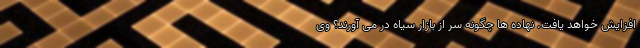
افزایش خواهد یافت. نهاده ها چگونه سر از بازار سیاه در می آورند؟ وی